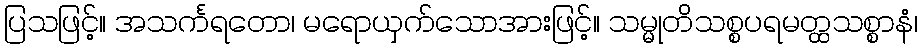
ပြသဖြင့်။ အသင်္ကရတော၊ မရောယှက်သောအားဖြင့်။ သမ္မုတိသစ္စပရမတ္ထသစ္စာနံ၊